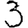
Digit: 3